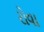
રોવા